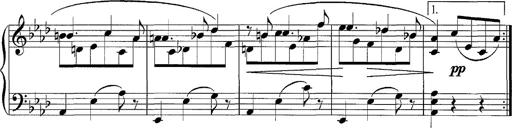
Title: LÃ¤ndler in A flat major
Composer: Franz Liszt
Key: A-flat major